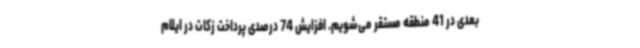
بعدی در 41 منطقه مستقر می‌شویم. افزایش 74 درصدی پرداخت زکات در ایلام